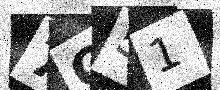
Text: 7O51